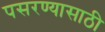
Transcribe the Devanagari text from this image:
पसरण्यासाठी